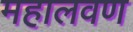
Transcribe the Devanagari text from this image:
महालवण